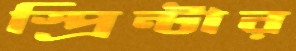
স্প্রিন্টার